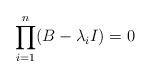
LaTeX: \begin{align*} \prod_{i=1}^{n} (B - \lambda_i I) =0\end{align*}